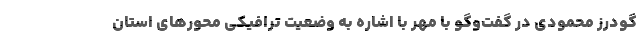
گودرز محمودی در گفت‌وگو با مهر با اشاره به وضعیت ترافیکی محورهای استان